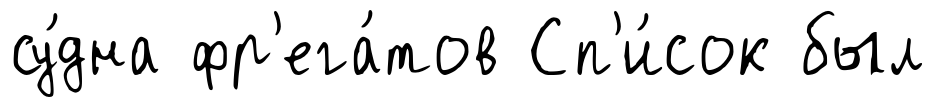
су́дна фр'ега́тов Сп'и́сок был